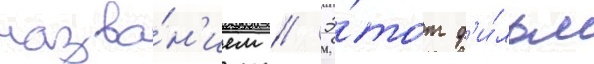
назва́н'ием // Э́тот ф'и́льм